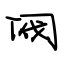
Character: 阀